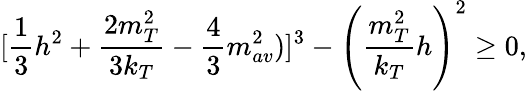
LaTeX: [{\frac{1}{3}}h^{2}+{\frac{2m_{T}^{2}}{3k_{T}}}-{\frac{4}{3}}m_{av}^{2})]^{3}-\left({\frac{m_{T}^{2}}{k_{T}}}h\right)^{2}\geq 0,